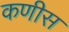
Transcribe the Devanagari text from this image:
कणीस